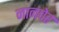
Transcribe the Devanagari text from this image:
नानचेर